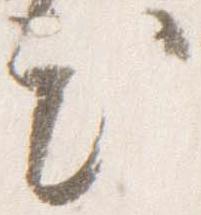
出